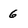
Character: 6